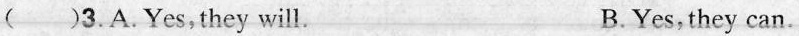
( )3. A. Yes,they will. B. Yes, they can.